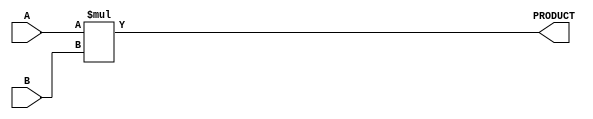
module parameterized_multiplier #(
    parameter WIDTH_A = 8,      // Bit-width for input A
    parameter WIDTH_B = 8,      // Bit-width for input B
    parameter WIDTH_OUT = WIDTH_A + WIDTH_B // Bit-width for output PRODUCT
) (
    input  wire [WIDTH_A-1:0] A,  // Input operand A
    input  wire [WIDTH_B-1:0] B,  // Input operand B
    output reg  [WIDTH_OUT-1:0] PRODUCT // Output product
);

    // Combinational multiplication
    always @(*) begin
        PRODUCT = A * B; // Perform multiplication
    end

endmodule